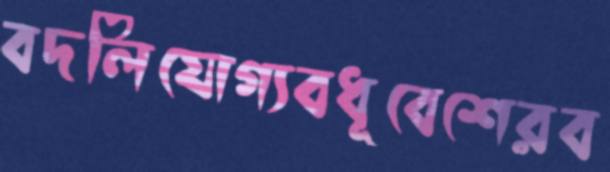
বদলিযোগ্যবধূবেশেরব